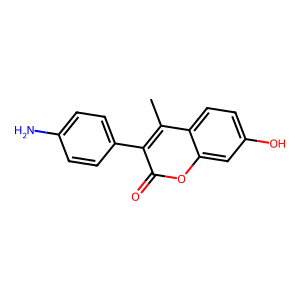
SMILES: Cc1c(-c2ccc(N)cc2)c(=O)oc2cc(O)ccc12
Inhibits HIV replication: No